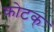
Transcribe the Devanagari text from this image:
कोटक्